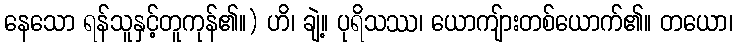
နေသော ရန်သူနှင့်တူကုန်၏။) ဟိ၊ ချဲ့။ ပုရိသဿ၊ ယောကျ်ားတစ်ယောက်၏။ တယော၊